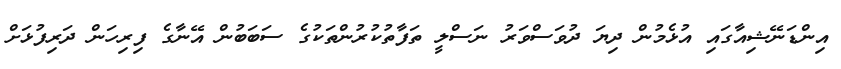
އިންޑަނޭޝިއާގައި އުޅެމުން ދިޔަ ދުވަސްވަރު ނަސްލީ ތަފާތުކުރުންތަކުގެ ސަބަބުން އޭނާގެ ފިރިހަން ދަރިފުޅަށް